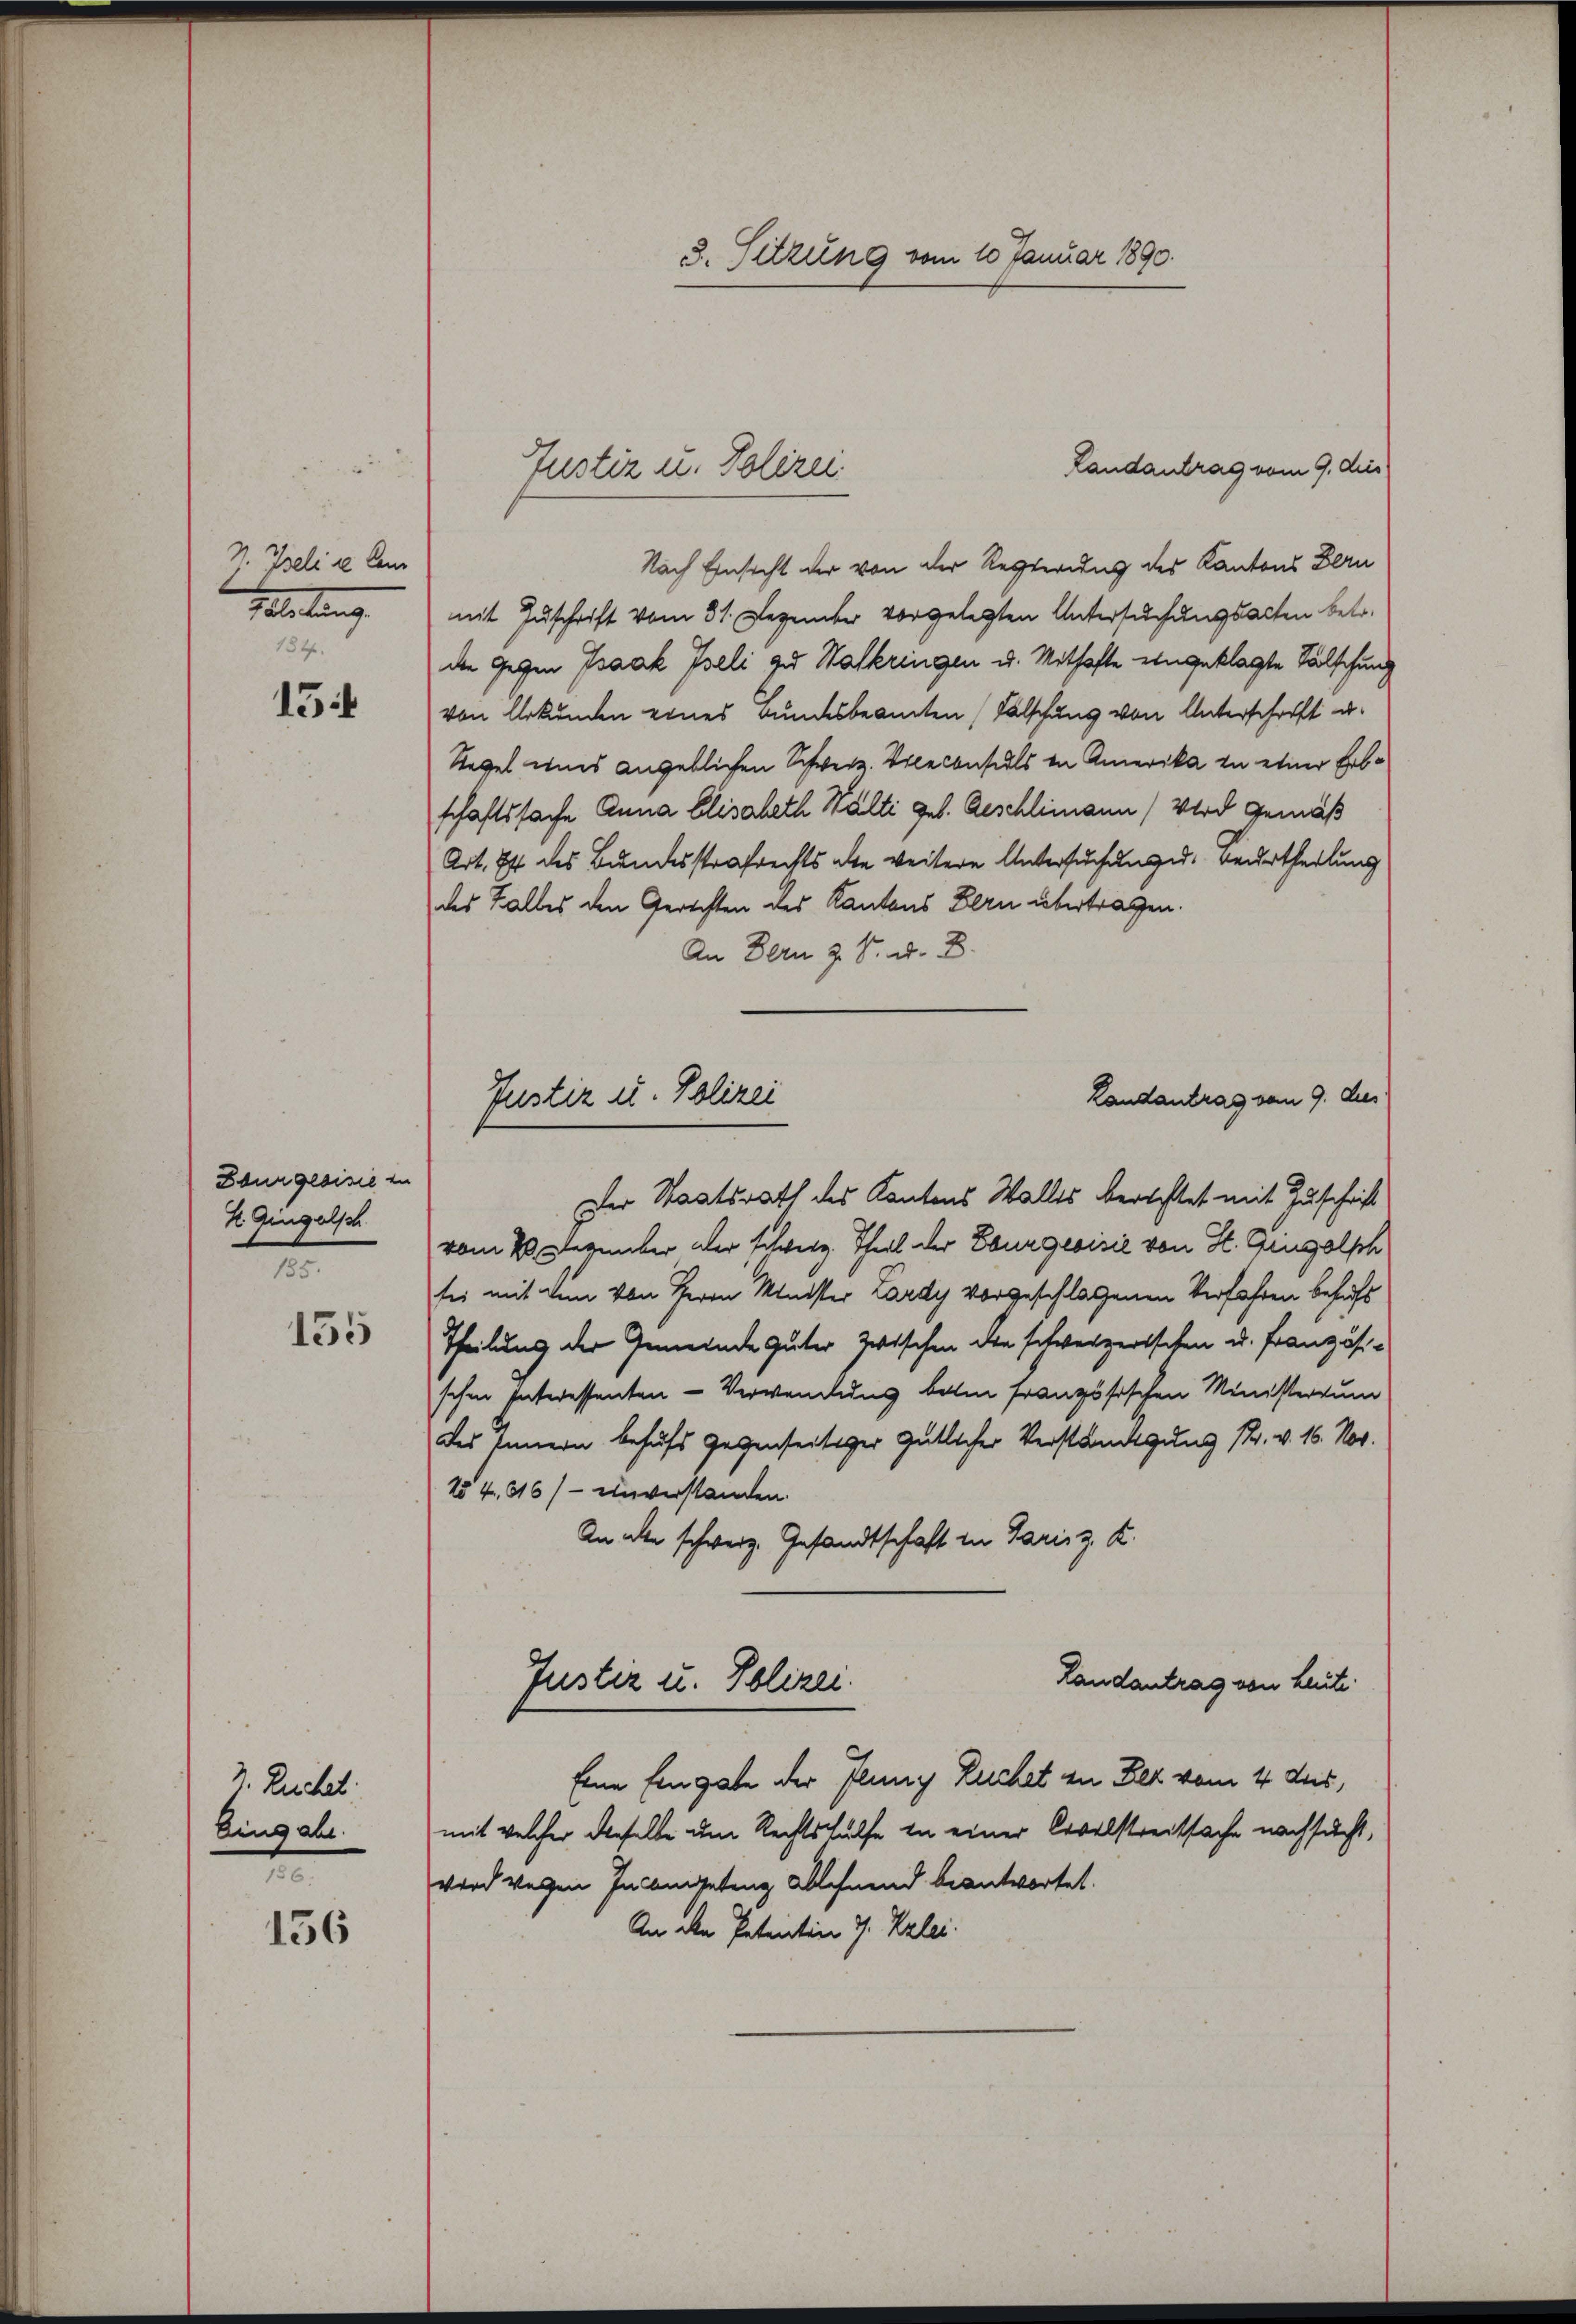
S. Iseli se lei
Geleitung
154.

15

Bourgeoisie zu
H. Gingelsch
t

155

Ruchel
Eingabe.

t
156

3. Sitzung vom 10 Januar 1890.

Landantrag vom 9. dies
Nach Einsicht der von der Regierung des Kantons Bern
mit Zuschrift vom 31. Dezember vorgelegten Untersuchungsalten betr.
die Gegen Isaak Iseli zu Walkringen u. Mithafte eingeklagte Tolschung
von Urkunden eines Bundesbeamten Fälschung von Unterschrift u.
Regel und angeblichen Schweiz. Viceconsuls in Amerika zu einer Erbschaftssache Anna Elisabeth Wälti geb. Geschlimann (Wird gemäß
Art. Ist des Bundesstrafrechts alte weitere Untersuchung d. Beurtheilung
des Halbes den Gerichten des Kantons Bern übertragen.
An Bern z. B. d. B.
Der Staatsrath des Kantons Walles berechtet mit Zuschrift
vom 20. Eugenber der schweiz. Theil der Bourgeoisie von St. Gugolph
sei mit dem von Herrn Minister Lardy vorgeschlagenen Verfahren behufs
Theilung der Gemeinde Güter Zwischen den schweizerischen u. Französischen Interessenten-Verwendung beli französischen Ministerium
des Innern behufs gegenseitiger gütlicher Verständigung sr. v. 16. Nov.
N54,416) unverstanden.
An der schweiz. Gesandtschaft in Paris z. B.
Landantrag von Leute.
Juster u. Polizei.
Eine Eingabe der Plung Ruchet zu Bez vom 4 dus,
mit welcher dieselbe um Rechtshülfe in einer Civilstreitsache nachsucht,
wird wegen Incongetanz ablehnend beantwortet.
An den Patentin J. Kalei.

Justiz u. Polizei.

Landantrag vom 9. Aus
Justiz u. Polizei